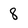
Character: 8